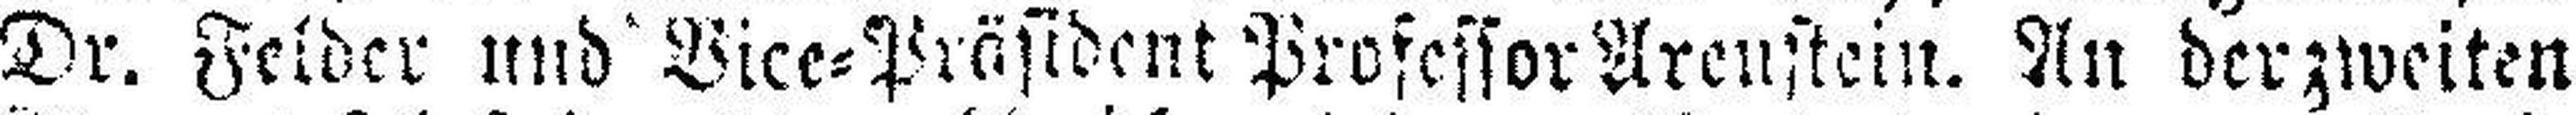
Dr. Felder und Vice=Präsident Professor Arenstein. An der zweiten